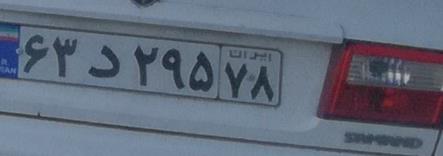
۶۳د۲۹۵۷۸